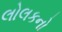
લોલકનો